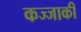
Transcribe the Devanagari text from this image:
कज्जाकी